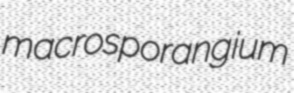
macrosporangium